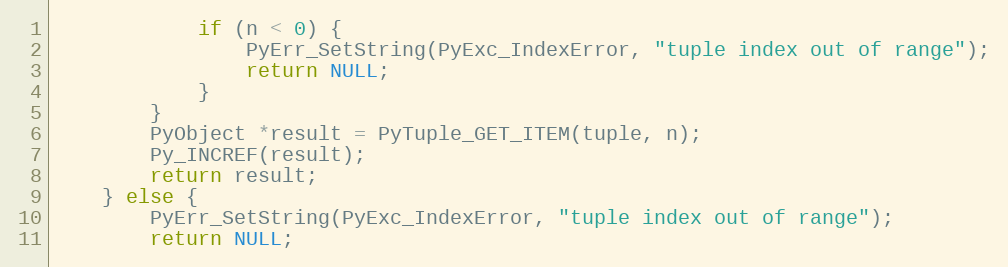
Language: C
            if (n < 0) {
                PyErr_SetString(PyExc_IndexError, "tuple index out of range");
                return NULL;
            }
        }
        PyObject *result = PyTuple_GET_ITEM(tuple, n);
        Py_INCREF(result);
        return result;
    } else {
        PyErr_SetString(PyExc_IndexError, "tuple index out of range");
        return NULL;